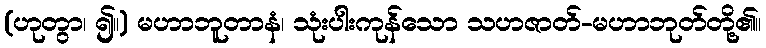
(ဟုတွာ၊ ၍။) မဟာဘူတာနံ၊ သုံးပါးကုန်သော သဟဇာတ်-မဟာဘုတ်တို့၏။